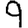
Digit: 9